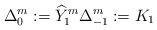
LaTeX: \begin{align*}\Delta^m_0 := \widehat{Y}^m_1 \Delta^m_{-1} := K_1\, \end{align*}